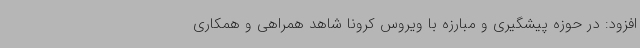
افزود: در حوزه پیشگیری و مبارزه با ویروس کرونا شاهد همراهی و همکاری